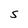
Character: S